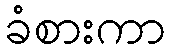
ခံစားကာ